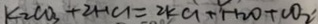
k _ { 2 } C O _ { 3 } + 2 H C L = 2 K C L + H _ { 2 } O + C O _ { 2 } ^ { \prime }